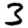
Digit: 3